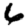
Digit: 6